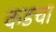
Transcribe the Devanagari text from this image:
कडचा